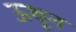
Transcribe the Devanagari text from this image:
ऊथून